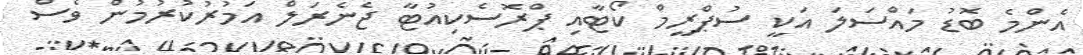
އެންމެ ބޮޑު މައްސަލަ އަކީ ސުޕްރީމް ކޯޓާއި ޕްރޮސެކިއުޓާ ޖެނެރަލް އަމުރުކުރުމުން ވެސް